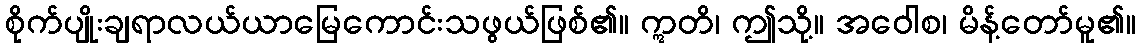
စိုက်ပျိုးချရာလယ်ယာမြေကောင်းသဖွယ်ဖြစ်၏။ ဣတိ၊ ဤသို့။ အဝေါစ၊ မိန့်တော်မူ၏။